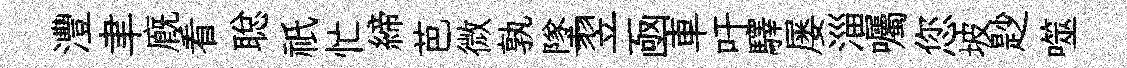
灃聿廐看聪祇忙締芭微孰墜翌凾車吁驛屡淄囑您坡尟噬